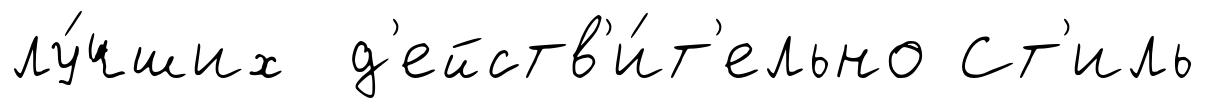
лу́чших д'ейств'и́т'ельно Ст'иль